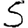
Digit: 5